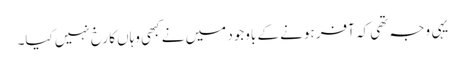
یہی وجہ تھی کہ آفر ہونے کے باوجود میں نے کبھی وہاں کا رخ نہیں کیا۔